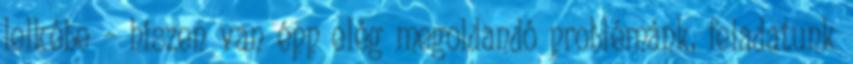
lelkébe – hiszen van épp elég megoldandó problémánk, feladatunk